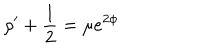
LaTeX: \rho ^ { \prime } + \frac { 1 } { 2 } = \mu e ^ { 2 \phi }